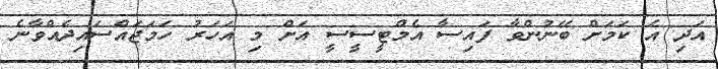
އަދި އެ ކަމަށް ބޭނުންވާ ފައިސާ އެމްޓީސީސީ އަށް މި އަހަރު ހަމަޖައްސައިދެއްވާނެ